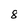
Character: 8